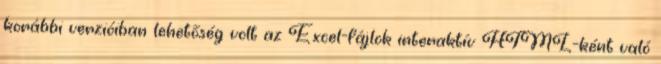
korábbi verzióiban lehetőség volt az Excel-fájlok interaktív HTML-ként való